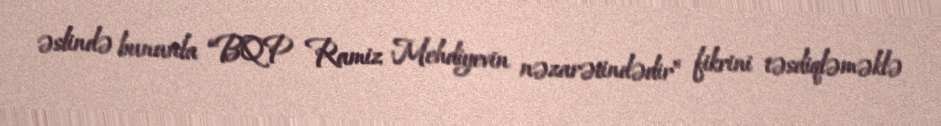
əslində bununla “BQP Ramiz Mehdiyevin nəzarətindədir” fikrini təsdiqləməklə